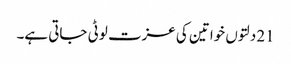
21 دلتوں خواتین کی عزت لوٹی جاتی ہے۔